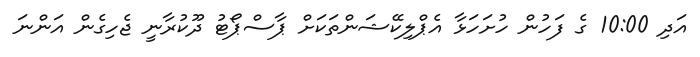
އަދި 10:00 ގެ ފަހުން ހުށަހަޅާ އެޕްލިކޭޝަންތަކަށް ޕާސްޕޯޓު ދޫކުރާނީ ޖެހިގެން އަންނަ